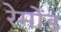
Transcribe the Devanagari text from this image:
रेमोंड